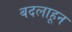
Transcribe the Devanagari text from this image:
बदलाहून